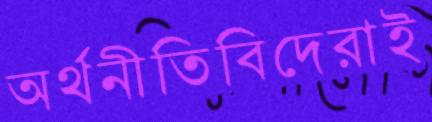
অর্থনীতিবিদেরাই